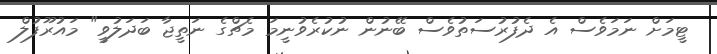
ޓީމަށް ނަމަވެސް އެ ދެފުރުސަތުވެސް ބޭނުން ނުކުރެވުނީމަ މެޗްގެ ނަތީޖާ ބަދަލުވީ" މައުރޫފުލް